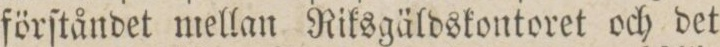
förſtåndet mellan Niksgäldskontoret och det